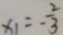
x _ { 1 } = - \frac { 2 } { 3 }